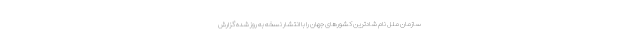
سازمان ملل نام شادترین کشورهای جهان را با انتشار نسخه به روز شده گزارش